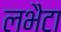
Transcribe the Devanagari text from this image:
लभैटा